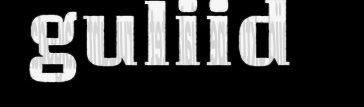
guliid